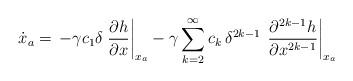
LaTeX: \begin{align*}\dot{{x}}_a = \, -\gamma c_1 \delta \left.\dfrac{\partial h}{\partial x}\right|_{{x}_a} -\gamma \sum_{k=2}^{\infty} c_k \,{\delta^{2k-1}}\,\left.\dfrac{\partial^{2k-1}h}{\partial x^{2k-1}} \right|_{{x}_a} \end{align*}